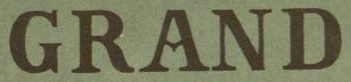
GRAND